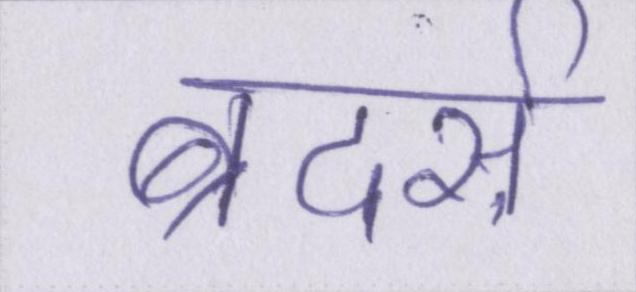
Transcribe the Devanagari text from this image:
ब्रदर्स